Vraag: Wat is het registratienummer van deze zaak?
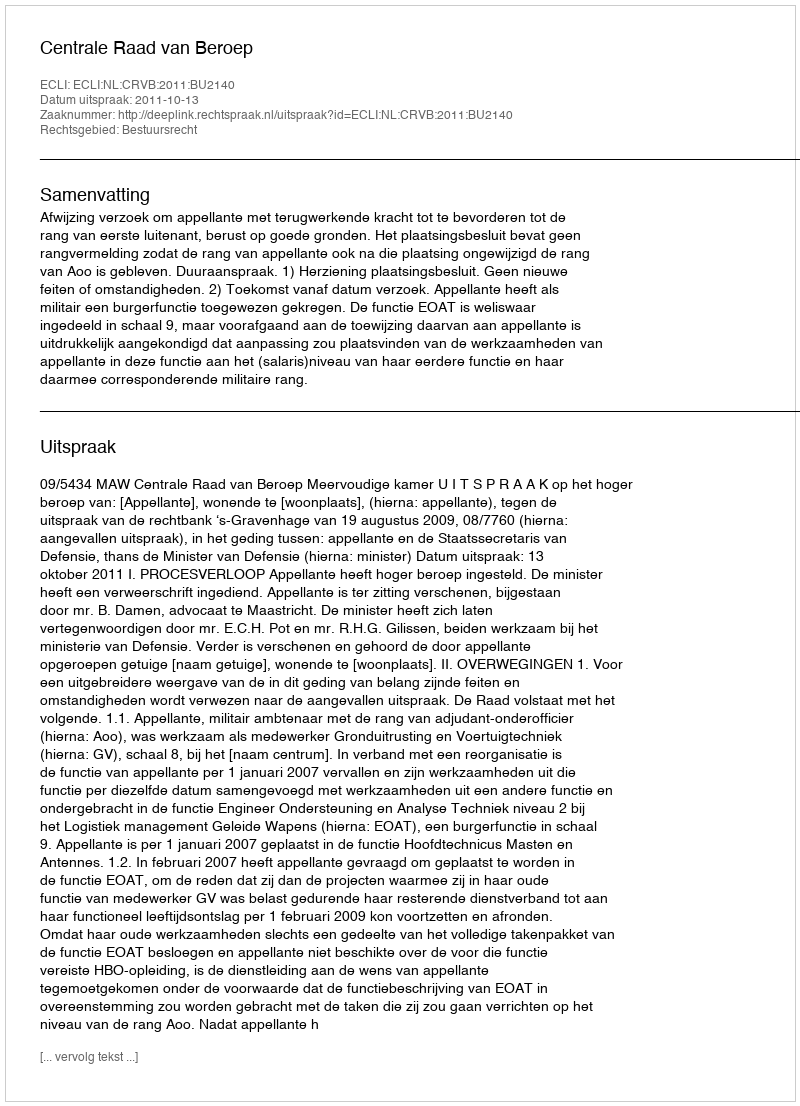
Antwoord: http://deeplink.rechtspraak.nl/uitspraak?id=ECLI:NL:CRVB:2011:BU2140